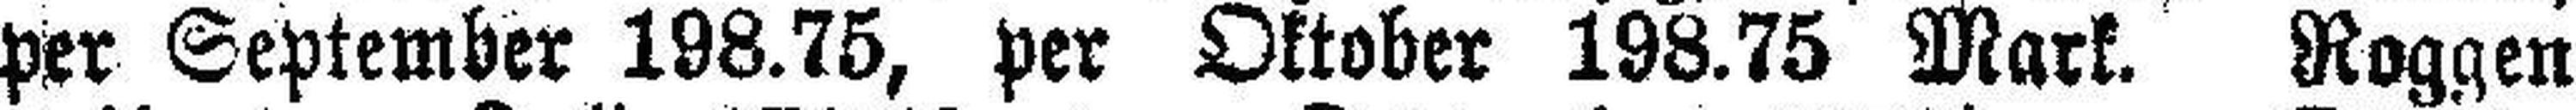
per September 198.75, per Oktober 198.75 Mark. Roggen